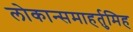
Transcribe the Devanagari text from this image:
लोकान्समाहर्तुमिह